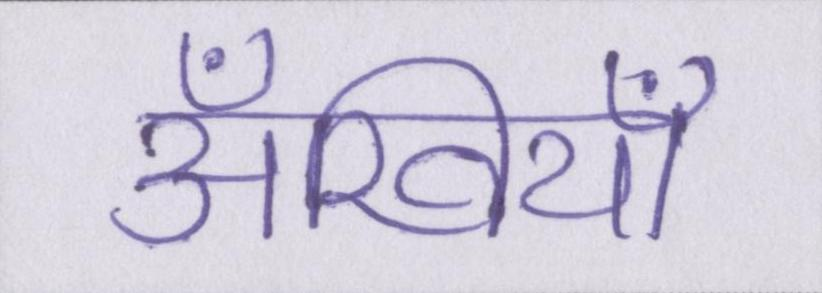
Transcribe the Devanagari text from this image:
अँखियाँ